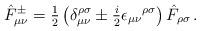
LaTeX: \begin{align*}\hat{F}^{\pm}_{\mu\nu}={\textstyle\frac{1}{2}}\left(\delta^{\rho\sigma}_{\mu\nu}\pm {\textstyle\frac{i}{2}}\epsilon_{\mu\nu}{}^{\rho\sigma}\right)\hat{F}_{\rho\sigma}\, .\end{align*}